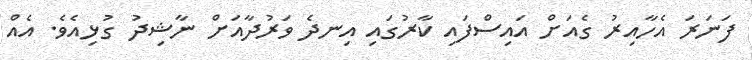
ފަނަރަ އެހާއިރު ގެއަށް އައިސްފައި ކާރުގައި އިނދެ ވަރުދާއަށް ނާޝިދު ގުޅިއެވެ. އެއް